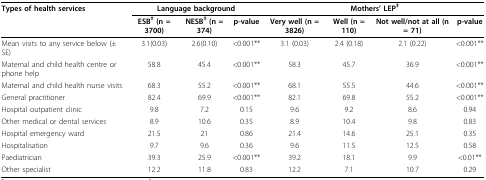
<table><thead><tr><td><b>Types of health services</b></td><td colspan="3"><b>Language background</b></td><td colspan="4"><b>Mothers&#x27; LEP<sup>‡</sup></b></td></tr><tr><td></td><td><b>ESB<sup>‡ </sup>(n = 3700)</b></td><td><b>NESB<sup>‡ </sup>(n = 374)</b></td><td><b>p-value</b></td><td><b>Very well (n = 3826)</b></td><td><b>Well (n = 110)</b></td><td><b>Not well/not at all (n = 71)</b></td><td><b>p-value</b></td></tr></thead><tbody><tr><td>Mean visits to any service below (± SE)</td><td>3.1(0.03)</td><td>2.6(0.10)</td><td>&lt;0.001**</td><td>3.1 (0.03)</td><td>2.4 (0.18)</td><td>2.1 (0.22)</td><td>&lt;0.001**</td></tr><tr><td>Maternal and child health centre or phone help</td><td>58.8</td><td>45.4</td><td>&lt;0.001**</td><td>58.3</td><td>45.7</td><td>36.9</td><td>&lt;0.001**</td></tr><tr><td>Maternal and child health nurse visits</td><td>68.3</td><td>55.2</td><td>&lt;0.001**</td><td>68.1</td><td>55.5</td><td>44.6</td><td>&lt;0.001**</td></tr><tr><td>General practitioner</td><td>82.4</td><td>69.9</td><td>&lt;0.001**</td><td>82.1</td><td>69.8</td><td>55.2</td><td>&lt;0.001**</td></tr><tr><td>Hospital outpatient clinic</td><td>9.8</td><td>7.2</td><td>0.15</td><td>9.6</td><td>9.2</td><td>8.6</td><td>0.94</td></tr><tr><td>Other medical or dental services</td><td>8.9</td><td>10.6</td><td>0.35</td><td>8.9</td><td>10.4</td><td>9.8</td><td>0.83</td></tr><tr><td>Hospital emergency ward</td><td>21.5</td><td>21</td><td>0.86</td><td>21.4</td><td>14.6</td><td>25.1</td><td>0.35</td></tr><tr><td>Hospitalisation</td><td>9.7</td><td>9.6</td><td>0.36</td><td>9.6</td><td>11.5</td><td>12.5</td><td>0.58</td></tr><tr><td>Paediatrician</td><td>39.3</td><td>25.9</td><td>&lt;0.001**</td><td>39.2</td><td>18.1</td><td>9.9</td><td>&lt;0.01**</td></tr><tr><td>Other specialist</td><td>12.2</td><td>11.8</td><td>0.83</td><td>12.2</td><td>7.1</td><td>10.7</td><td>0.29</td></tr></tbody></table>